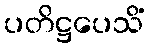
ပတိဋ္ဌပေသိံ